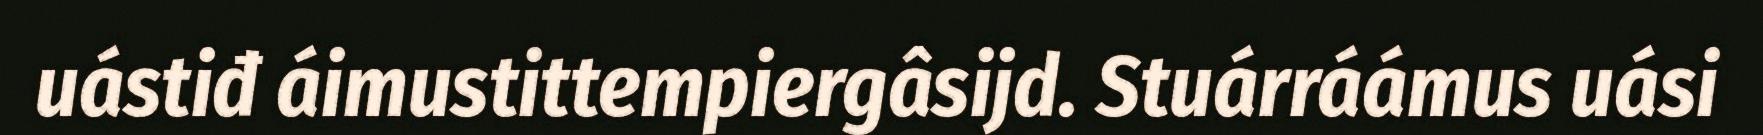
uástiđ áimustittempiergâsijd. Stuárráámus uási